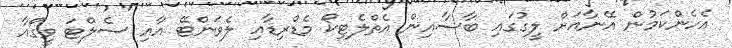
އެހެންކަމުން އޭނާއަށް ލީގުގައި ބާސާއިން އެތްލެޓިކޯ މެޑްރިޑާއި ލެވަންޓޭ އާއި ސެލްޓަ ވީގޯއާ